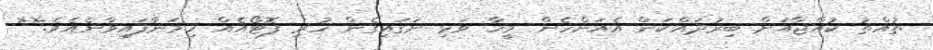
ތުއްތު ކުއްޖާއަށް ބިރުދައްކަން އެއަންހެން މީހާ ވަޅި ނަގައިގެން ހުރި ފޮޓޯއެއް ހިމަނާފައިވާނެއެވެ.**